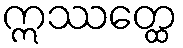
ဣဿတ္ထေ